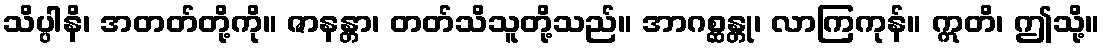
သိပ္ပါနိ၊ အတတ်တို့ကို။ ဇာနန္တာ၊ တတ်သိသူတို့သည်။ အာဂစ္ဆန္တု၊ လာကြကုန်။ ဣတိ၊ ဤသို့။